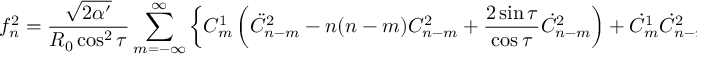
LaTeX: f _ { n } ^ { 2 } = \frac { \sqrt { 2 \alpha ^ { \prime } } } { R _ { 0 } \cos ^ { 2 } \tau } \sum _ { m = - \infty } ^ { \infty } \left\{ C _ { m } ^ { 1 } \left( \ddot { C } _ { n - m } ^ { 2 } - n ( n - m ) C _ { n - m } ^ { 2 } + \frac { 2 \sin \tau } { \cos \tau } \dot { C } _ { n - m } ^ { 2 } \right) + \dot { C } _ { m } ^ { 1 } \dot { C } _ { n - m } ^ { 2 } \right\}